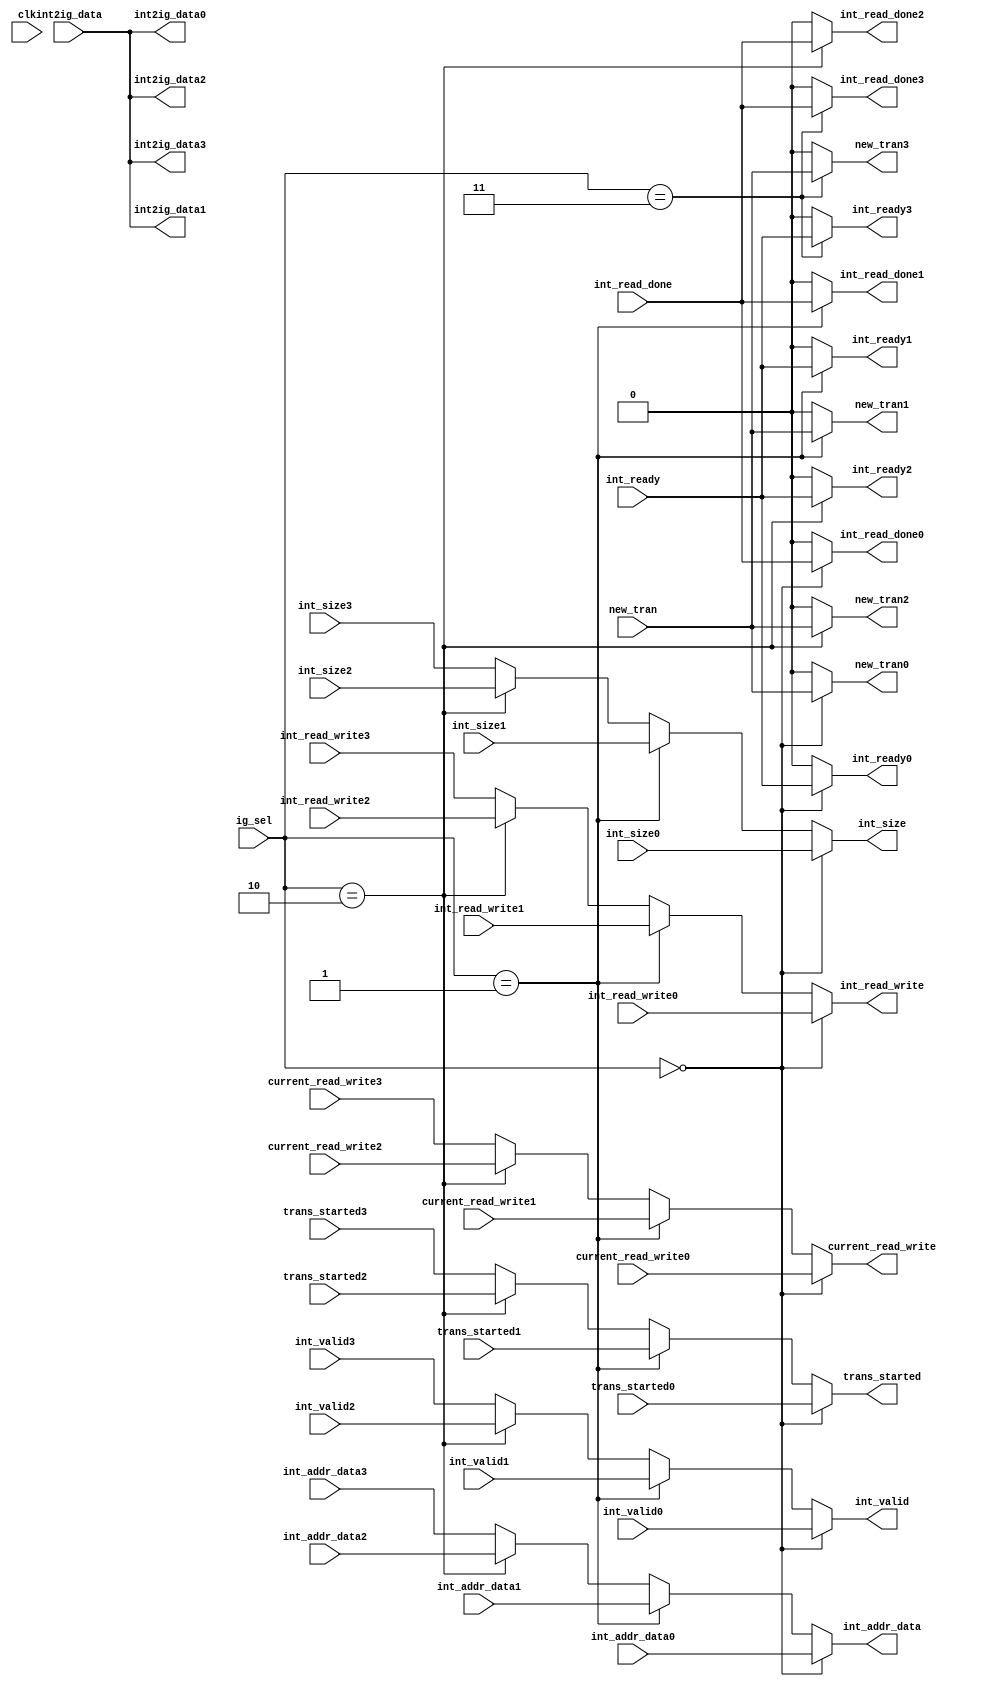
//---------------------------------------------------------------------------//
//                                                                           //
//  Module:  port_select                                                     //
//                                                                           //
//  Version: 13 July 2006                                                    //
//---------------------------------------------------------------------------//

//************************************************************************
//
//  Copyright (C) 2007 Jasper Design Automation, Inc. All Rights
//  Reserved.  Unpublished -- rights reserved under the copyright laws of
//  the United States.
//
//  The content of this file is owned by Jasper Design Automation, Inc.
//  and may be used only as authorized in the license agreement
//  controlling such use. No part of these materials may be reproduced,
//  transmitted, or translated, in any form or by any means, electronic,
//  mechanical, manual, optical, or otherwise, without prior written
//  permission of Jasper Design Automation, or as expressly provided by
//  the license agreement. These materials are for information and
//  instruction purposes.
//
//  For technical assistance please send email to support@jasper-da.com.
//
// ***********************************************************************

module port_select (
  clk,
  ig_sel,
  // Ingress side
  int_read_write0, int_read_write1, int_read_write2, int_read_write3,
  int_valid0, int_valid1, int_valid2, int_valid3,
  trans_started0, trans_started1, trans_started2, trans_started3,
  current_read_write0, current_read_write1,
  current_read_write2, current_read_write3,
  int_size0, int_size1, int_size2, int_size3,
  int_addr_data0, int_addr_data1, int_addr_data2, int_addr_data3,
  int_ready0, int_ready1, int_ready2, int_ready3,
  new_tran0, new_tran1, new_tran2, new_tran3,
  int2ig_data0, int2ig_data1, int2ig_data2, int2ig_data3,
  int_read_done0, int_read_done1, int_read_done2, int_read_done3,
  // Egress side
  int_read_write,
  int_valid,
  trans_started,
  current_read_write,
  int_size,
  int_addr_data,
  int_ready,
  new_tran,
  int2ig_data,
  int_read_done
);

input clk;

// Port selector from arbiter
input  [1:0] ig_sel;

// Ingress side
input  int_read_write0, int_read_write1, int_read_write2, int_read_write3;
input  int_valid0, int_valid1, int_valid2, int_valid3;
input  trans_started0, trans_started1, trans_started2, trans_started3;
input  current_read_write0, current_read_write1,
       current_read_write2, current_read_write3;
input  [1:0] int_size0, int_size1, int_size2, int_size3;
input [38:0]  int_addr_data0, int_addr_data1, int_addr_data2, int_addr_data3;
output int_ready0, int_ready1, int_ready2, int_ready3;
output new_tran0, new_tran1, new_tran2, new_tran3;
output [31:0] int2ig_data0, int2ig_data1, int2ig_data2, int2ig_data3;
output int_read_done0, int_read_done1, int_read_done2, int_read_done3;

// Egress side
output int_read_write;
output int_valid;
output trans_started;
output current_read_write;
output [1:0] int_size;
output [38:0] int_addr_data;
input  int_ready;
input  new_tran;
input  [31:0] int2ig_data;
input  int_read_done;


assign int_ready0 = (ig_sel==2'b00)? int_ready:1'b0;
assign int_ready1 = (ig_sel==2'b01)? int_ready:1'b0;
assign int_ready2 = (ig_sel==2'b10)? int_ready:1'b0;
assign int_ready3 = (ig_sel==2'b11)? int_ready:1'b0;

assign int2ig_data0 = int2ig_data;
assign int2ig_data1 = int2ig_data;
assign int2ig_data2 = int2ig_data;
assign int2ig_data3 = int2ig_data;

assign new_tran0 = (ig_sel==2'b00)? new_tran:1'b0;
assign new_tran1 = (ig_sel==2'b01)? new_tran:1'b0;
assign new_tran2 = (ig_sel==2'b10)? new_tran:1'b0;
assign new_tran3 = (ig_sel==2'b11)? new_tran:1'b0;

assign int_read_done0 = (ig_sel==2'b00)? int_read_done:1'b0;
assign int_read_done1 = (ig_sel==2'b01)? int_read_done:1'b0;
assign int_read_done2 = (ig_sel==2'b10)? int_read_done:1'b0;
assign int_read_done3 = (ig_sel==2'b11)? int_read_done:1'b0;

assign int_size = (ig_sel==2'b00)? int_size0:
                  (ig_sel==2'b01)? int_size1:
                  (ig_sel==2'b10)? int_size2:
                                   int_size3;

assign int_read_write = (ig_sel==2'b00)? int_read_write0:
                        (ig_sel==2'b01)? int_read_write1:
                        (ig_sel==2'b10)? int_read_write2:
                                         int_read_write3;

assign int_valid = (ig_sel==2'b00)? int_valid0:
                   (ig_sel==2'b01)? int_valid1:
                   (ig_sel==2'b10)? int_valid2:
                                    int_valid3;

assign trans_started = (ig_sel==2'b00)? trans_started0:
                       (ig_sel==2'b01)? trans_started1:
                       (ig_sel==2'b10)? trans_started2:
                                        trans_started3;

assign current_read_write = (ig_sel==2'b00)? current_read_write0:
                            (ig_sel==2'b01)? current_read_write1:
                            (ig_sel==2'b10)? current_read_write2:
                                             current_read_write3;

assign int_addr_data = (ig_sel==2'b00)? int_addr_data0:
                       (ig_sel==2'b01)? int_addr_data1:
                       (ig_sel==2'b10)? int_addr_data2:
                                        int_addr_data3;

endmodule // port_select